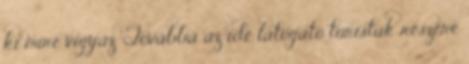
ki mire vigyáz. Továbbá az ide látogató turisták részére